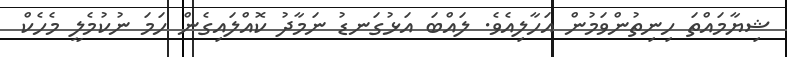
ޝިޔާމައްތަ ހިނިތުންވަމުން އަހާލިއެވެ. ލައްބަ އަޅުގަނޑު ނަމާދު ކޮއްލައިގެން ހަމަ ނުކުމެލީ މެހެކް